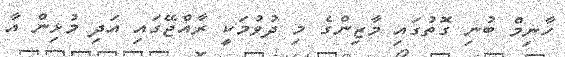
ހާނިމް ބުނި ގޮތުގައި މާޒިންގެ މި ދުވުމަކީ ރާއްޖޭގައި އަދި މުޅިން އާ